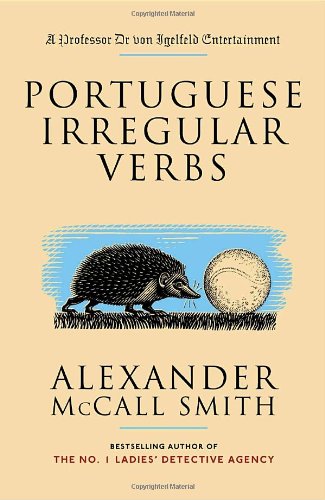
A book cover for Portuguese Irregular Verbs (Professor Dr von Igelfeld Series); Alexander McCall Smith; Literature & Fiction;